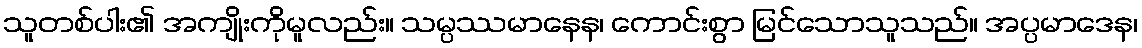
သူတစ်ပါး၏ အကျိုးကိုမူလည်း။ သမ္ပဿမာနေန၊ ကောင်းစွာ မြင်သောသူသည်။ အပ္ပမာဒေန၊